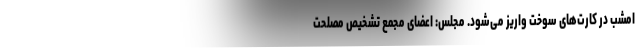
امشب در کارت‌های سوخت واریز می‌شود. مجلس: اعضای مجمع تشخیص مصلحت